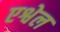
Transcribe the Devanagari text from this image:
एश्वेल